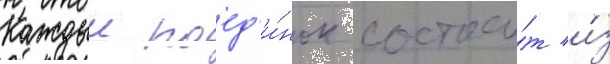
Каждыи поед'и́нок состои́т и́з